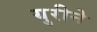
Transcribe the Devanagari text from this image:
युरीने